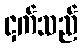
ငှက်သည်